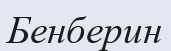
Бенберин